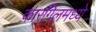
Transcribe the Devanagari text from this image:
कारगिलमध्ये